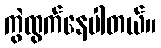
ကွဲထွက်နေပါတယ်။